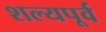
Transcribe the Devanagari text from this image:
शल्यपूर्व